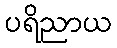
ပရိညာယ